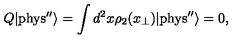
Q | \mathrm { { p h y s ^ { \prime \prime } } } \rangle = \int d ^ { 2 } x \rho _ { 2 } ( x _ { \perp } ) | { \mathrm { p h y s } ^ { \prime \prime } } \rangle = 0 ,